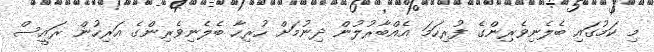
މި ކަމުގައި ބެލެނިވެރިންގެ ފުރިހަމަ އެއްބާރުލުން ދިނުމަށް ހުރިހާ ބެލެނިވެރިންގެ އަރިހުން ރައީސް